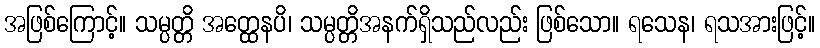
အဖြစ်ကြောင့်။ သမ္ပတ္တိ အတ္ထေနပိ၊ သမ္ပတ္တိအနက်ရှိသည်လည်း ဖြစ်သော။ ရသေန၊ ရသအားဖြင့်။